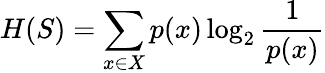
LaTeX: H(S)=\sum_{x\in X}p(x)\log_{2}\frac{1}{p(x)}